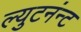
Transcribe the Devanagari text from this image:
ल्युटनंन्ट